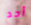
أحد